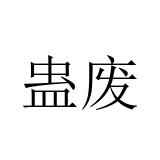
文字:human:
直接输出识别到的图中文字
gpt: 蛊废